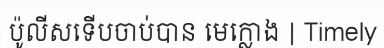
ប៉ូលីសទើបចាប់បាន មេក្លោង | Timely